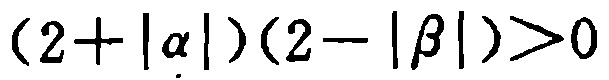
\((2 + |\alpha|)(2 - |\beta|)>0\)